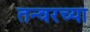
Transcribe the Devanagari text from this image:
तन्वरच्या